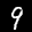
Label: 9